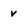
Character: v